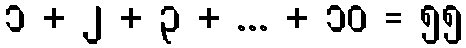
၁ + ၂ + ၃ + ... + ၁၀ = ၅၅